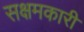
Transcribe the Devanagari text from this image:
सक्षमकारी